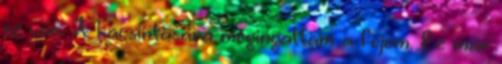
ez van. A kacsintására megingattam a fejem. Ez már